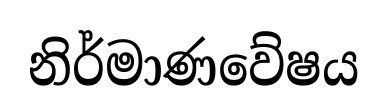
නිර්මාණවේෂය